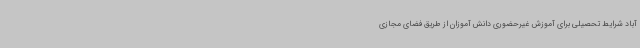
آباد شرایط تحصیلی برای آموزش غیرحضوری دانش آموزان از طریق فضای مجازی